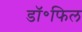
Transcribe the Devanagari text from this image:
डॉ॰फिल